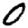
Digit: 0